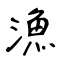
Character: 漁